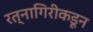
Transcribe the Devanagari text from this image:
रत्नागिरीकडून